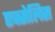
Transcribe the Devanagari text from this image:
एक्सेलिस